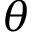
\theta